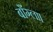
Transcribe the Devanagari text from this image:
बाँग्ला।